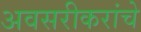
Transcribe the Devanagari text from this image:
अवसरीकरांचे